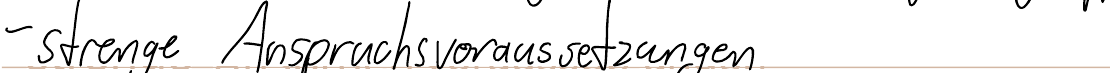
- strenge Anspruchsvoraussetzungen